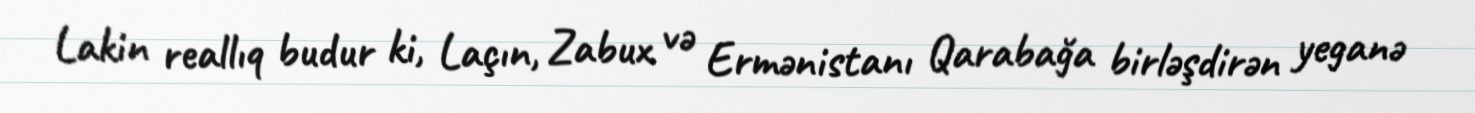
Lakin reallıq budur ki, Laçın, Zabux və Ermənistanı Qarabağa birləşdirən yeganə